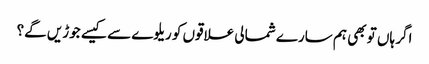
اگر ہاں تو بھی ہم سارے شمالی علاقوں کو ریلوے سے کیسے جوڑیں گے؟